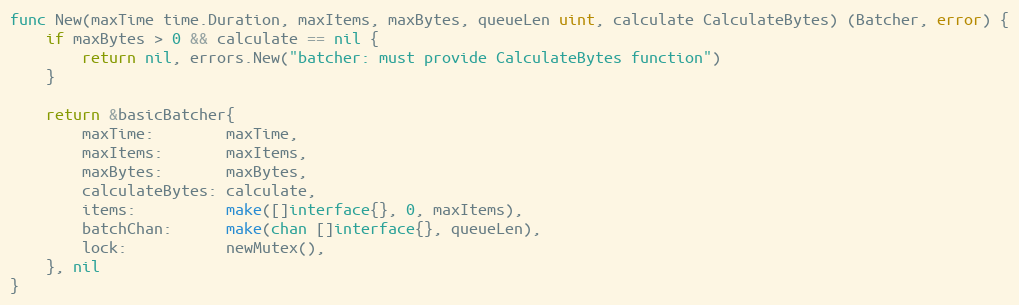
Language: Go
func New(maxTime time.Duration, maxItems, maxBytes, queueLen uint, calculate CalculateBytes) (Batcher, error) {
	if maxBytes > 0 && calculate == nil {
		return nil, errors.New("batcher: must provide CalculateBytes function")
	}

	return &basicBatcher{
		maxTime:        maxTime,
		maxItems:       maxItems,
		maxBytes:       maxBytes,
		calculateBytes: calculate,
		items:          make([]interface{}, 0, maxItems),
		batchChan:      make(chan []interface{}, queueLen),
		lock:           newMutex(),
	}, nil
}